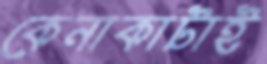
কেনাকাটাই